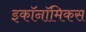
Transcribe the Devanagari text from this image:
इकॉनॉमिकस